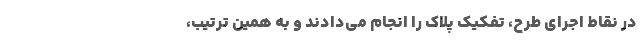
در نقاط اجرای طرح، تفکیک پلاک را انجام می‌دادند و به همین ترتیب،